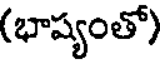
(భాష్యంతో)